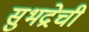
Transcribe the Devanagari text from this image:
सुभद्रेची